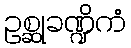
ဥစ္ဆုခဏ္ဍိကံ